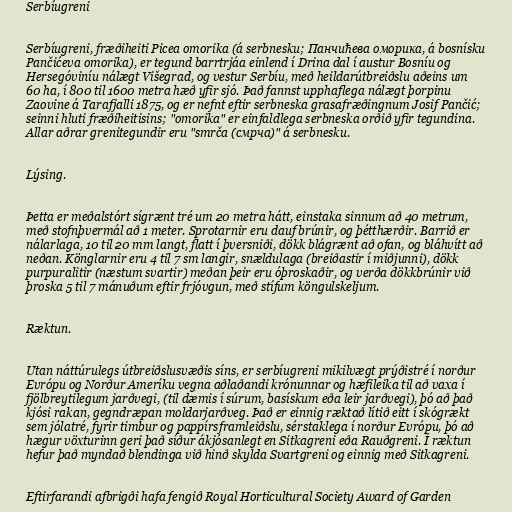
Serbíugreni

Serbíugreni, fræðiheiti Picea omorika (á serbnesku; Панчићева оморика, á bosnísku
Pančićeva omorika), er tegund barrtrjáa einlend í Drina dal í austur Bosníu og
Hersegóviníu nálægt Višegrad, og vestur Serbíu, með heildarútbreiðslu aðeins um
60 ha, í 800 til 1600 metra hæð yfir sjó. Það fannst upphaflega nálægt þorpinu
Zaovine á Tarafjalli 1875, og er nefnt eftir serbneska grasafræðingnum Josif Pančić;
seinni hluti fræðiheitisins; "omorika" er einfaldlega serbneska orðið yfir tegundina.
Allar aðrar grenitegundir eru "smrča (смрча)" á serbnesku.

Lýsing.

Þetta er meðalstórt sígrænt tré um 20 metra hátt, einstaka sinnum að 40 metrum,
með stofnþvermál að 1 meter. Sprotarnir eru dauf brúnir, og þétthærðir. Barrið er
nálarlaga, 10 til 20 mm langt, flatt í þversniði, dökk blágrænt að ofan, og bláhvítt að
neðan. Könglarnir eru 4 til 7 sm langir, snældulaga (breiðastir í miðjunni), dökk
purpuralitir (næstum svartir) meðan þeir eru óþroskaðir, og verða dökkbrúnir við
þroska 5 til 7 mánuðum eftir frjóvgun, með stífum köngulskeljum.

Ræktun.

Utan náttúrulegs útbreiðslusvæðis síns, er serbíugreni mikilvægt prýðistré í norður
Evrópu og Norður Ameríku vegna aðlaðandi krónunnar og hæfileika til að vaxa í
fjölbreytilegum jarðvegi, (til dæmis í súrum, basískum eða leir jarðvegi), þó að það
kjósi rakan, gegndræpan moldarjarðveg. Það er einnig ræktað lítið eitt í skógrækt
sem jólatré, fyrir timbur og pappírsframleiðslu, sérstaklega í norður Evrópu, þó að
hægur vöxturinn geri það síður ákjósanlegt en Sitkagreni eða Rauðgreni. Í ræktun
hefur það myndað blendinga við hinð skylda Svartgreni og einnig með Sitkagreni.

Eftirfarandi afbrigði hafa fengið Royal Horticultural Society Award of Garden